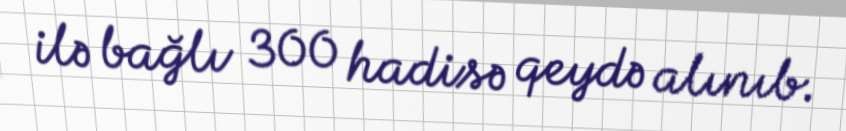
ilə bağlı 300 hadisə qeydə alınıb.